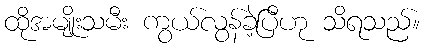
ထိုအမျိုးသမီး ကွယ်လွန်ခဲ့ပြီဟု သိရသည်။